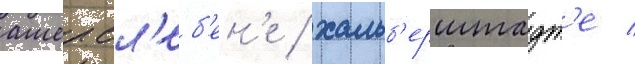
ашерсл'еб'ен'е / хальб'ерштадт'е /